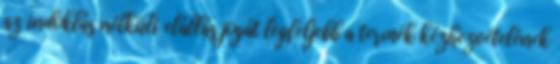
az indoklás nélküli elállás jogát legfeljebb a termék kézhezvételének